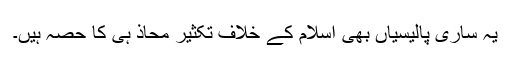
یہ ساری پالیسیاں بھی اسلام کے خلاف تکثیرِ محاذ ہی کا حصہ ہیں۔